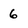
Character: 6